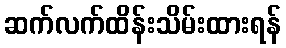
ဆက်လက်ထိန်းသိမ်းထားရန်